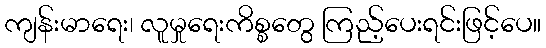
ကျန်းမာရေး၊ လူမှုရေးကိစ္စတွေ ကြည့်ပေးရင်းဖြင့်ပေ။